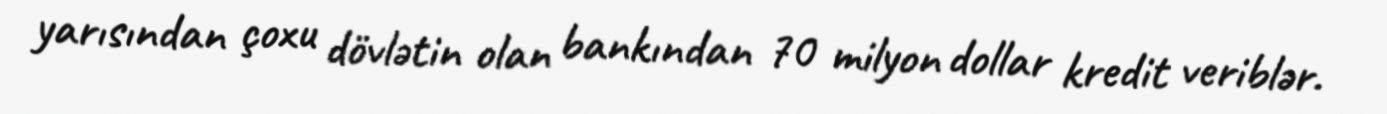
yarısından çoxu dövlətin olan bankından 70 milyon dollar kredit veriblər.